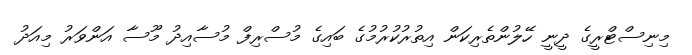
މިނިސްޓްރީގެ ދީނީ ހޭލުންތެރިކަން އިތުރުކުރުމުގެ ބައިގެ މުސްރިފް މުސާއިދު މޫސާ އަންވަރު މިއަދު